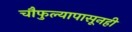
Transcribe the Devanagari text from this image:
चौफुल्यापासूनही